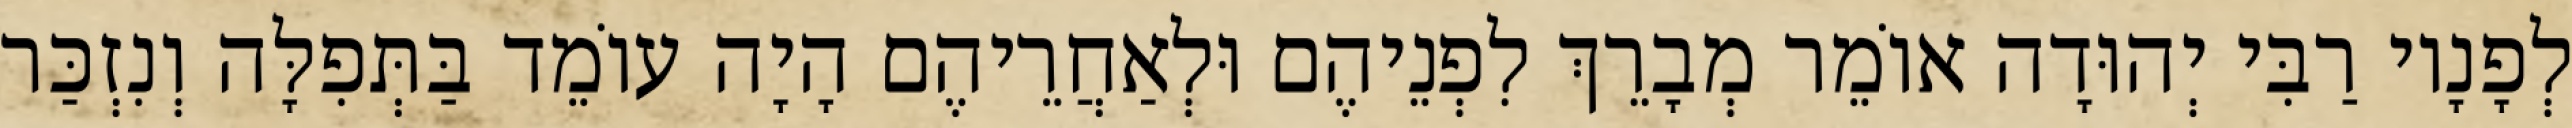
לְפָנָיו רַבִּי יְהוּדָה אוֹמֵר מְבָרֵךְ לִפְנֵיהֶם וּלְאַחֲרֵיהֶם הָיָה עוֹמֵד בַּתְּפִלָּה וְנִזְכַּר